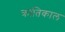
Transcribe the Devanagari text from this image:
क्रांतिकाल